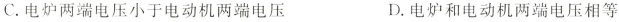
C.电炉两端电压小于电动机两端电压 D.电炉和电动机两端电压相等